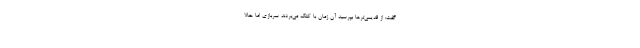
گفت: از قدیمی‌ترها بپرسید آن زمان با کتک می‌بردند سربازی اما حالا